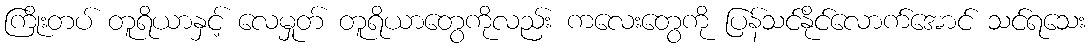
ကြိုးတပ် တူရိယာနှင့် လေမှုတ် တူရိယာတွေကိုလည်း ကလေးတွေကို ပြန်သင်နိုင်လောက်အောင် သင်ရသေး